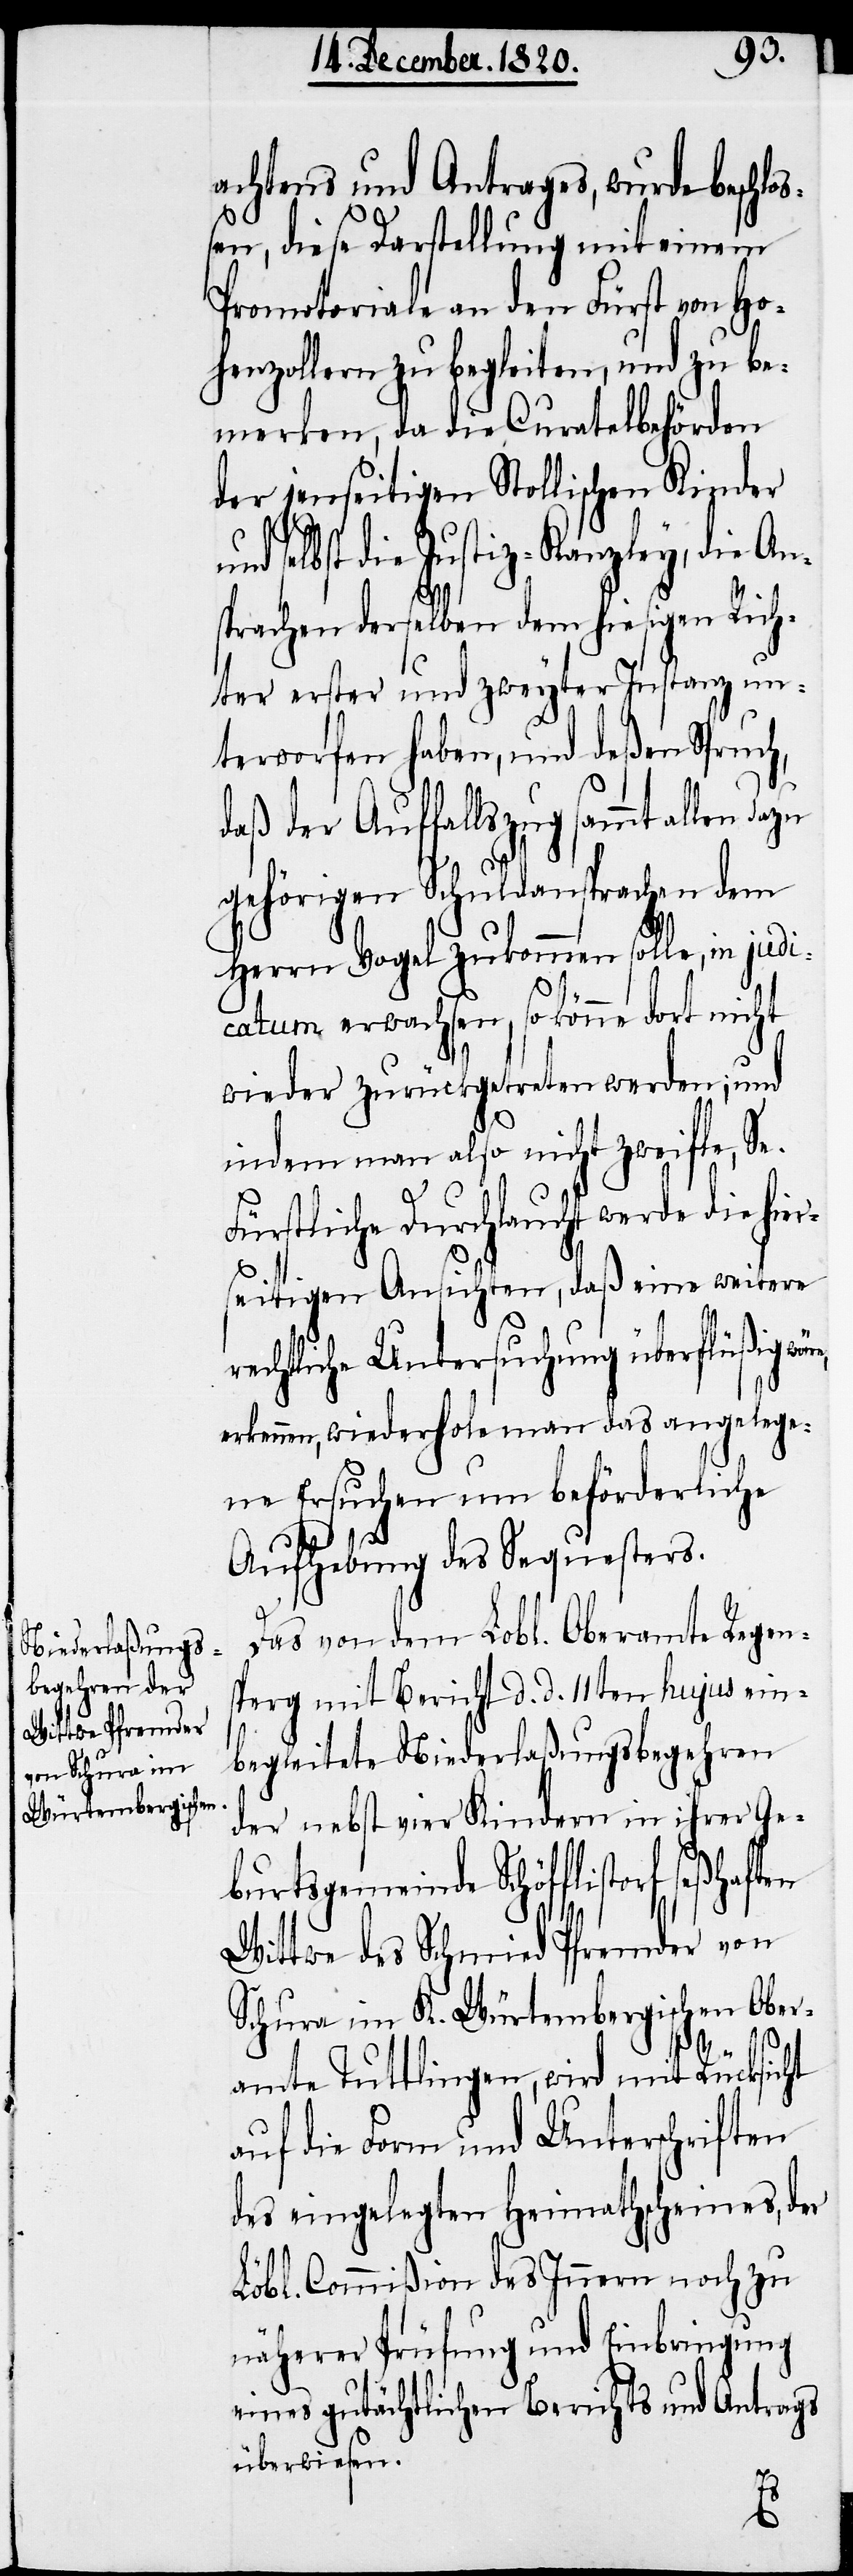
achtens und Antrages, wurde beschlo¬
sen, diese Darstellung mit einem
Promotoriale an den Fürst von Ho¬
henzollern zu begleiten, und zu be¬
merken, da die Curatelbehörden
der jenseitigen Stollischen Kinder
nd selbst die Justiz-Kanzley, die An¬
sprachen derselben dem hiesigen Rich¬
ter erster und zweyter Instanz un¬
terworfen haben, und deßen Spruch,
daß der Auffallszug sammt allen
gehörigen Schuldansprachen dem
Herrn Vogel zukommen solle, in judi¬
catum erwachsen, so könne dort nicht
wieder zurückgetreten werden; und
indem man also nicht zweifle, Se.
r¬
Fürstliche Durchlaucht werde die hier¬
seitigen Ansichten, daß eine weitere
echtliche Untersuchung überflüßig
erkennen, wiederhole man das angelege¬
ne Ersuchen um beförderliche
Aufhebung des Sequesters.
Das von dem Lobl. Oberamte Regens¬
perg mit Bericht d. d. 11ten hujus ein¬
begleitete Niederlaßungsbegehren
der nebst vier Kindern in ihrer Ge¬
burtsgemeinde Schöfflistorf
Wittwe des Schmied Pfremder von
Schura im K. Würtembergischen Ober¬
amte Tuttlingen, wird mit Rücksicht
auf die Form und Unterschriften
des eingelegten Heimathscheines, der
Löbl. Commißion des Innern noch zu
näherer Prüfung und Einbringung
eines gutächtlichen Berichts und Antrags
überwiesen.